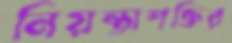
নিয়ন্তাশক্তির